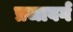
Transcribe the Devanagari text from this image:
प्रजावर्ग